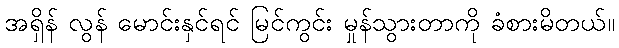
အရှိန် လွန် မောင်းနှင်ရင် မြင်ကွင်း မှုန်သွားတာကို ခံစားမိတယ်။